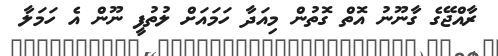
ރާއްޖޭގެ ގާނޫނު އޮތް ގޮތުން މިއަދާ ހަމައަށް ލުތުފީ ނޫން އެ ހަމަލާ